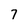
Character: 7